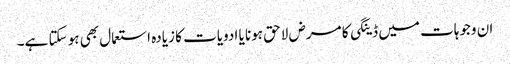
ان وجوہات میں ڈینگی کا مرض لاحق ہونا یا ادویات کا زیادہ استعمال بھی ہو سکتا ہے۔